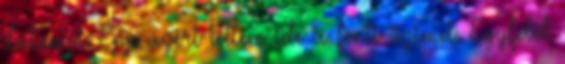
dátumot. Épp azért tettem ide a fenti üzimet. Egyfelől